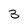
Character: 3